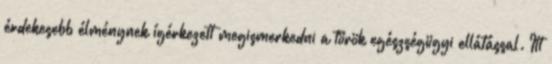
érdekesebb élménynek ígérkezett megismerkedni a török egészségügyi ellátással. Itt